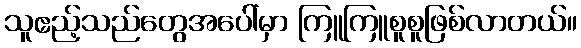
သူဧည့်သည်တွေအပေါ်မှာ ကြူကြူစူစူဖြစ်လာတယ်။